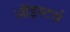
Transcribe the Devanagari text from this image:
ऑइस्टर्स